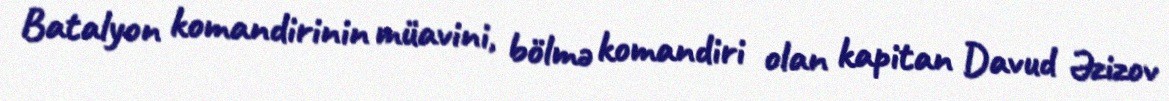
Batalyon komandirinin müavini, bölmə komandiri olan kapitan Davud Əzizov